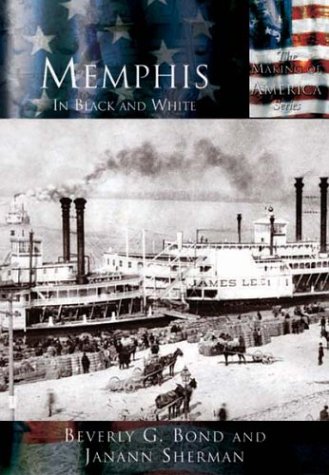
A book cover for Memphis   In Black and White  (TN)   (Making of America); Beverly  G.  Bond; Travel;